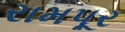
રામપૂર